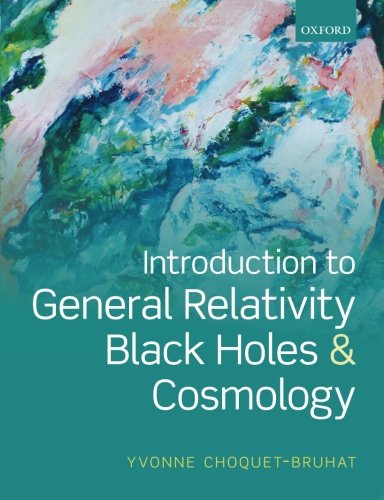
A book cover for Introduction to General Relativity, Black Holes and Cosmology; Yvonne Choquet-Bruhat; Science & Math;